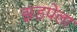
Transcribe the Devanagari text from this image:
झडपेला